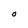
Character: O